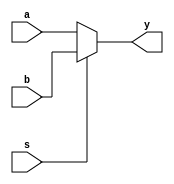
//********************************************************
//
//   Copyright(c)2016, STEP FPGA 
//   All rights reserved
//
//   Module name     :   mux21

//   Data            :   2016/08/23

//   Version         :   V1.0
//   Description     :   simplify 4 input circuit by mux21 maps
//
//   Modification history
//   ----------------------------------------------------------------------------
// Version       Data(2016/08/23)   V1.0
// Description    
//
//********************************************************
//
//
//*******************
//DEFINE MODULE PORT
//*******************

module mux21
(
	//INPUT
	a			,
	b			,
	s			,
	
	//OUTPUT
	y		

);
	//*******************
	//DEFINE INPUT
	//*******************
	input 		  a;
	input 		  b;
	input 		  s;
	
	//*******************
	//DEFINE OUTPUT
	//*******************
	output	reg		y;
	
	//plan B, using "always" and "if" 
	always @ (a,b,s)
	if(s==0)
		y=a;
	else 
		y=b;
	
endmodule